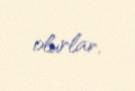
olurlar.